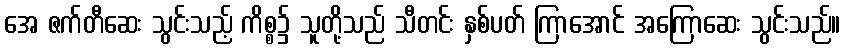
အေ ဇက်တီဆေး သွင်းသည့် ကိစ္စ၌ သူတို့သည် သီတင်း နှစ်ပတ် ကြာအောင် အကြောဆေး သွင်းသည်။